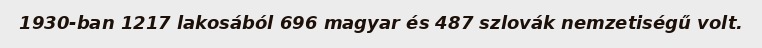
1930-ban 1217 lakosából 696 magyar és 487 szlovák nemzetiségű volt.